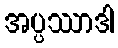
အပ္ပဿာဒါ